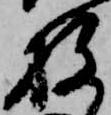
放